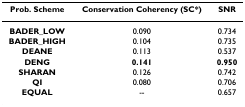
<table><thead><tr><td><b>Prob. Scheme</b></td><td><b>Conservation Coherency (SC*)</b></td><td><b>SNR</b></td></tr></thead><tbody><tr><td><b>BADER_LOW</b></td><td>0.090</td><td>0.734</td></tr><tr><td><b>BADER_HIGH</b></td><td>0.104</td><td>0.735</td></tr><tr><td><b>DEANE</b></td><td>0.113</td><td>0.537</td></tr><tr><td><b>DENG</b></td><td><b>0.141</b></td><td><b>0.950</b></td></tr><tr><td><b>SHARAN</b></td><td>0.126</td><td>0.742</td></tr><tr><td><b>QI</b></td><td>0.080</td><td>0.706</td></tr><tr><td><b>EQUAL</b></td><td>--</td><td>0.657</td></tr></tbody></table>